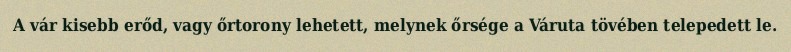
A vár kisebb erőd, vagy őrtorony lehetett, melynek őrsége a Váruta tövében telepedett le.